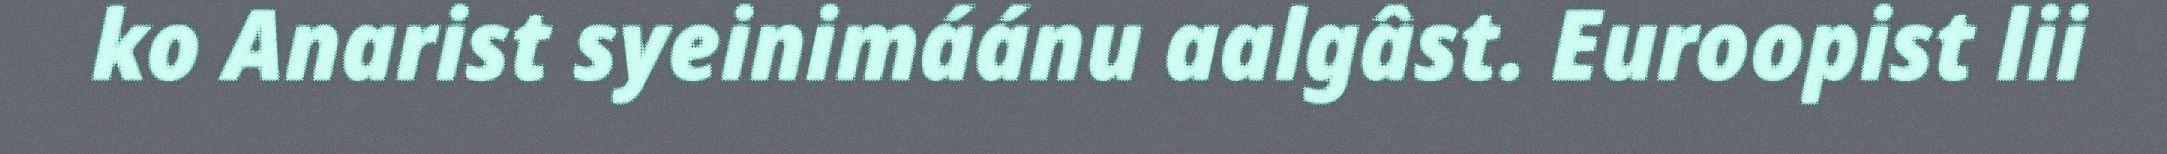
ko Anarist syeinimáánu aalgâst. Euroopist lii